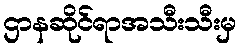
ဌာနဆိုင်ရာအသီးသီးမှ